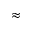
\approx